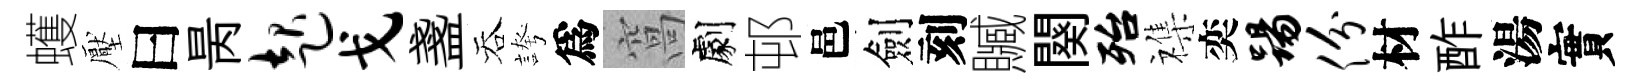
蠖壓曰昺起戈盞吞誇爲窩劇邨邑劍刻贓闋殆襍奕踢份材酢湯實